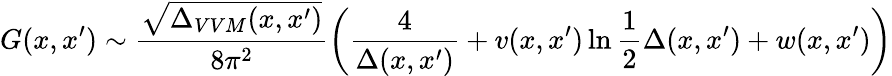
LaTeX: G(x,x^{\prime})\sim\frac{\sqrt{\Delta_{VVM}(x,x^{\prime})}}{8\pi^{2}}\left(\frac{4}{\Delta(x,x^{\prime})}+v(x,x^{\prime})\ln\frac{1}{2}\Delta(x,x^{\prime})+w(x,x^{\prime})\right)